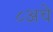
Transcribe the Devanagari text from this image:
८अचे